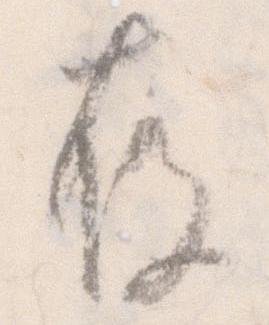
存